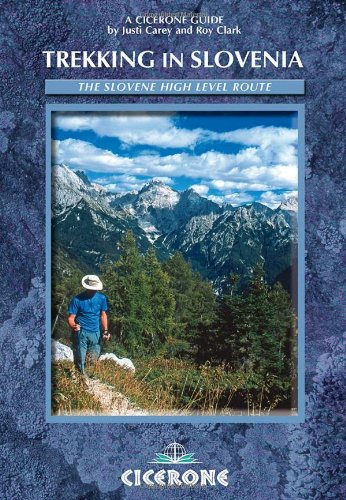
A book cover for Trekking in Slovenia: The Slovene High Level Route (Cicerone Guides); Justi Carey; Travel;